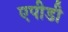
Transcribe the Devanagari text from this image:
एपीडी